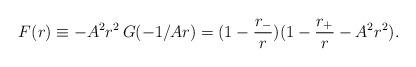
LaTeX: \begin{align*}F(r)\equiv -A^2r^2\,G(-1/Ar)=(1-\frac{r_-}{r})(1-\frac{r_+}{r}-A^2r^2).\end{align*}